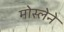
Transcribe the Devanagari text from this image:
मोस्लेने